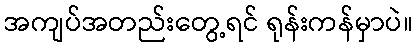
အကျပ်အတည်းတွေ့ရင် ရုန်းကန်မှာပဲ။